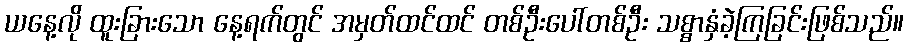
ယနေ့လို ထူးခြားသော နေ့ရက်တွင် အမှတ်ထင်ထင် တစ်ဦးပေါ်တစ်ဦး သစ္စာနှံခဲ့ကြခြင်းဖြစ်သည်။